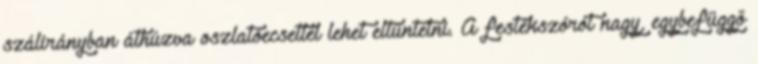
szálirányban áthúzva oszlatóecsettel lehet eltüntetni. A festékszórót nagy, egybefüggő